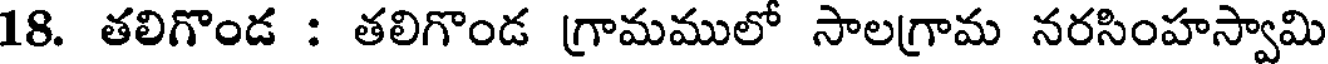
18. తలిగొండ : తలిగొండ గ్రామములో సాలగ్రామ నరసింహస్వామి